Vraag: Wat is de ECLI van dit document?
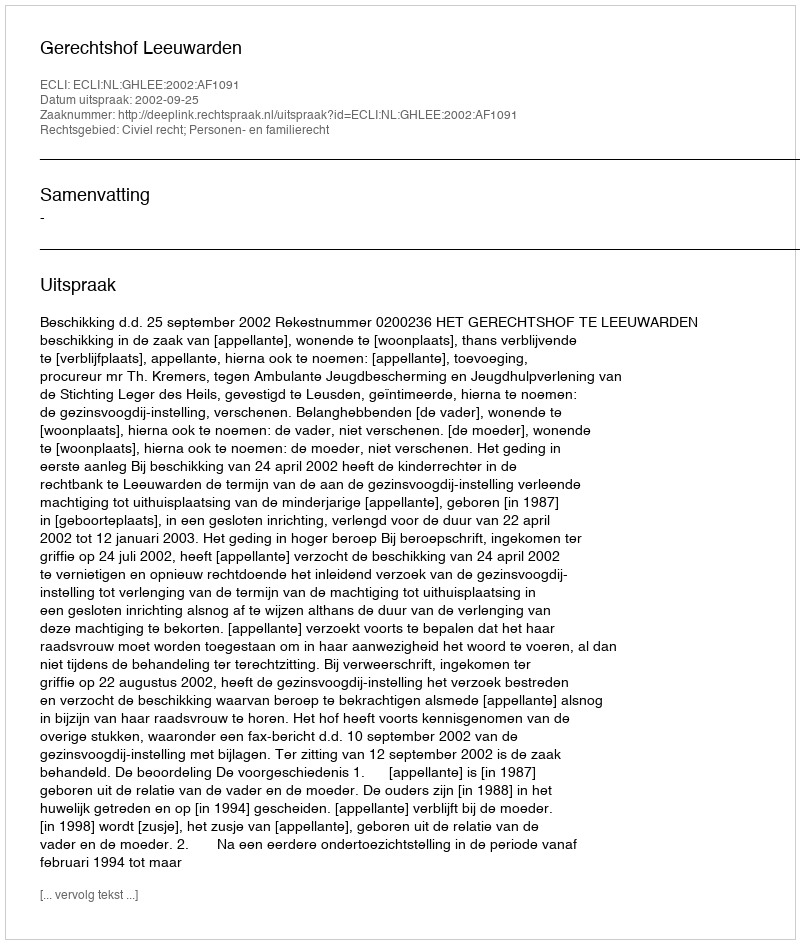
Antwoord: ECLI:NL:GHLEE:2002:AF1091